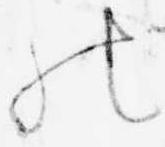
の